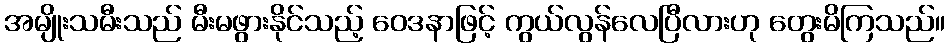
အမျိုးသမီးသည် မီးမဖွားနိုင်သည့် ဝေဒနာဖြင့် ကွယ်လွန်လေပြီလားဟု တွေးမိကြသည်။